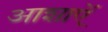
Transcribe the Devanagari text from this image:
आशाऐं